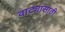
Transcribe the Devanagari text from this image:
वाट्यासाठी